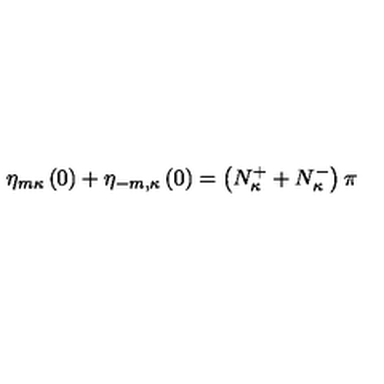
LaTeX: \eta _ { m \kappa } \left( 0 \right) + \eta _ { - m , \kappa } \left( 0 \right) = \left( N _ { \kappa } ^ { + } + N _ { \kappa } ^ { - } \right) \pi